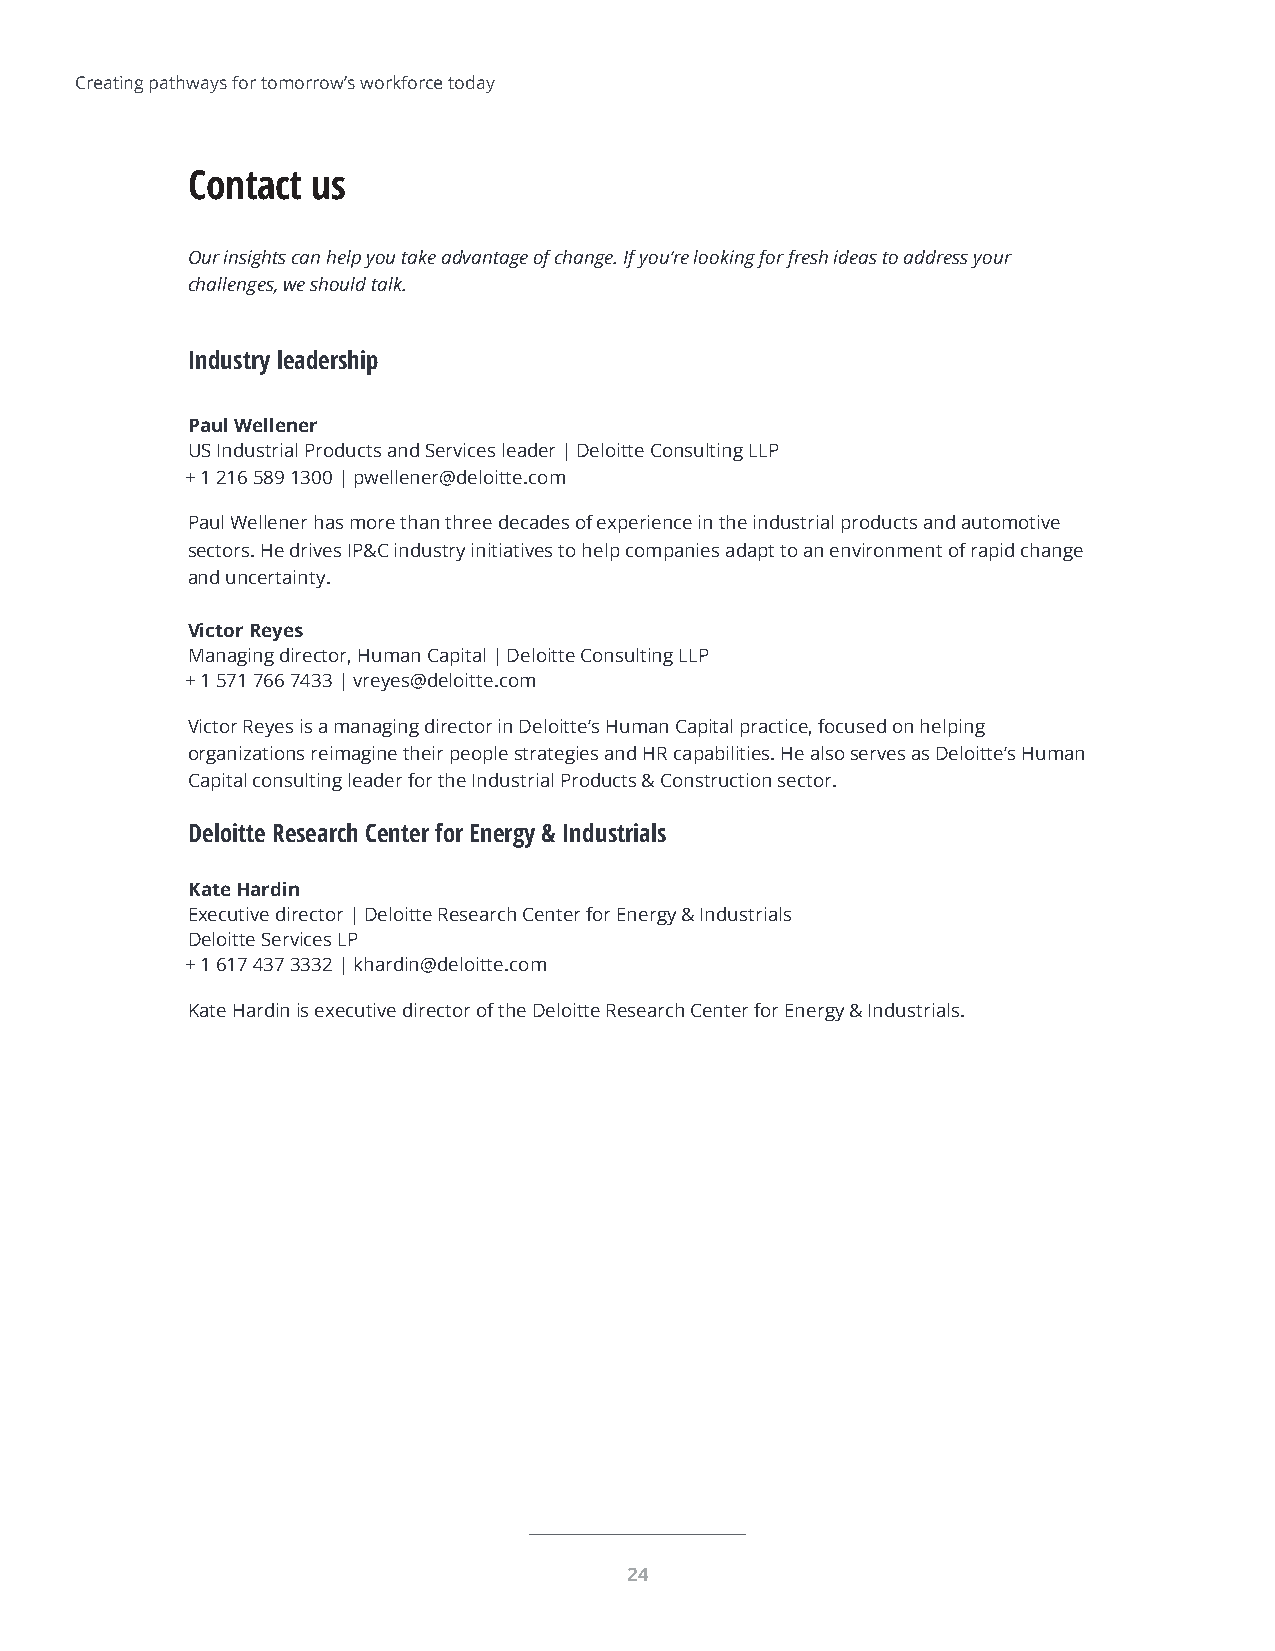
Creating pathways for tomorrow’s workforce today
 Contact  us
 Our insights can help you take advantage of change. If you’re looking for fresh ideas to address your
 challenges, we should talk.
 Industry leadership
 Paul Wellener
 US Industrial Products and Services leader | Deloitte Consulting LLP
 + 1 216 589 1300 | pwellener@deloitte.com
 Paul Wellener has more than three decades of experience in the industrial products and automotive
 sectors. He drives IP&C industry initiatives to help companies adapt to an environment of rapid change
 and uncertainty.
 Victor Reyes
 Managing director, Human Capital | Deloitte Consulting LLP
 + 1 571 766 7433 | vreyes@deloitte.com
 Victor Reyes is a managing director in Deloitte’s Human Capital practice, focused on helping
 organizations reimagine their people strategies and HR capabilities. He also serves as Deloitte’s Human
 Capital consulting leader for the Industrial Products & Construction sector.
 Deloitte Research Center for Energy & Industrials
 Kate Hardin
 Executive director | Deloitte Research Center for Energy & Industrials
 Deloitte Services LP
 + 1 617 437 3332 | khardin@deloitte.com
 Kate Hardin is executive director of the Deloitte Research Center for Energy & Industrials.
 24